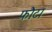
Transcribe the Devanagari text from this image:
फौटा